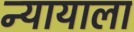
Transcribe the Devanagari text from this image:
न्यायाला